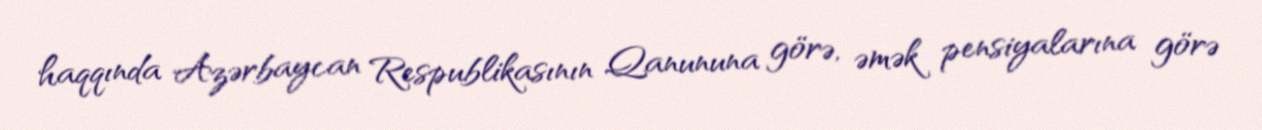
haqqında Azərbaycan Respublikasının Qanununa görə, əmək pensiyalarına görə